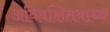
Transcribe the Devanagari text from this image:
अविवक्षितवाच्य